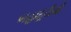
બહાદૂરીથી